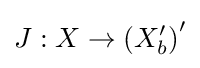
J:X\to \left(X_{b}^{\prime }\right)^{\prime }